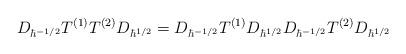
LaTeX: \begin{align*}D_{\hbar^{-1/2}} T^{(1)}T^{(2)} D_{\hbar^{1/2}}=D_{\hbar^{-1/2}} T^{(1)} D_{\hbar^{1/2}} D_{\hbar^{-1/2}} T^{(2)} D_{\hbar^{1/2}}\end{align*}